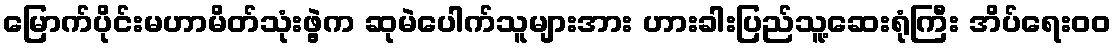
မြောက်ပိုင်းမဟာမိတ်သုံးဖွဲ့က ဆုမဲပေါက်သူများအား ဟားခါးပြည်သူ့ဆေးရုံကြီး အိပ်ရေးဝဝ